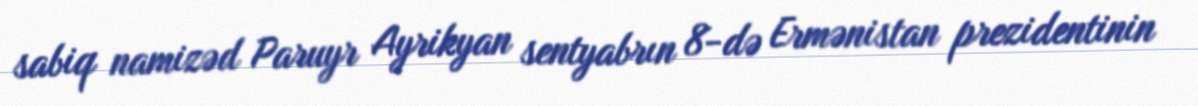
sabiq namizəd Paruyr Ayrikyan sentyabrın 8-də Ermənistan prezidentinin